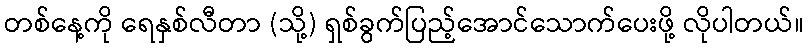
တစ်နေ့ကို ရေနှစ်လီတာ (သို့) ရှစ်ခွက်ပြည့်အောင်သောက်ပေးဖို့ လိုပါတယ်။